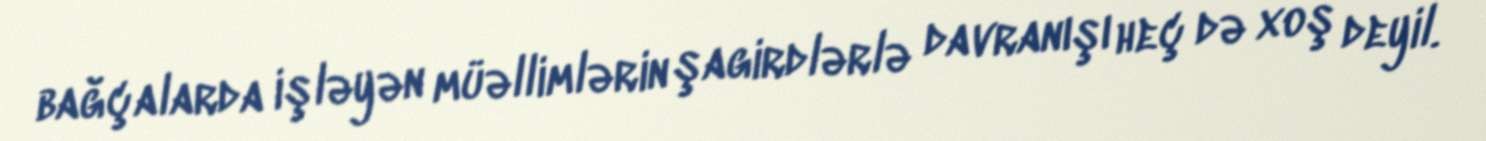
bağçalarda işləyən müəllimlərin şagirdlərlə davranışı heç də xoş deyil.